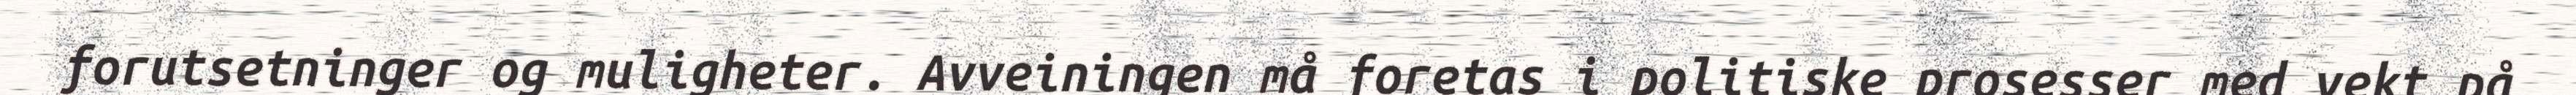
forutsetninger og muligheter. Avveiningen må foretas i politiske prosesser med vekt på